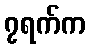
၇ရက်က